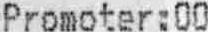
PROMOTER:00